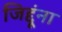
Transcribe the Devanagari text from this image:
जिद्दूंना